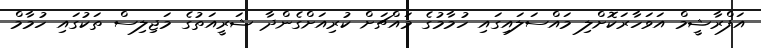
އަފްރާޝީމް އަވަހާރަކޮށްލި މައްސަލައިގައި ހުމާމުގެ މައްޗަށް ކުރިއަށްގެންދާ ޝަރީއަތުގެ މަޖިލިސް ތަކުގައި ހުމާމް